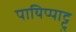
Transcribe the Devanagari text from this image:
पायिप्पाट्टु